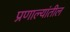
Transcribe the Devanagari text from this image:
प्रणाल्यांतील